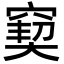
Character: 窫